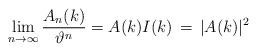
LaTeX: \begin{align*} \lim_{n\to\infty} \frac{A_n(k)}{\vartheta^n}=A(k) I(k) \, = \, |A(k)|^2\end{align*}